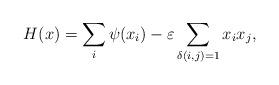
LaTeX: \begin{align*} H(x) = \sum_{i} \psi (x_i) - \varepsilon \sum_{\delta (i,j)=1} x_i x_j,\end{align*}